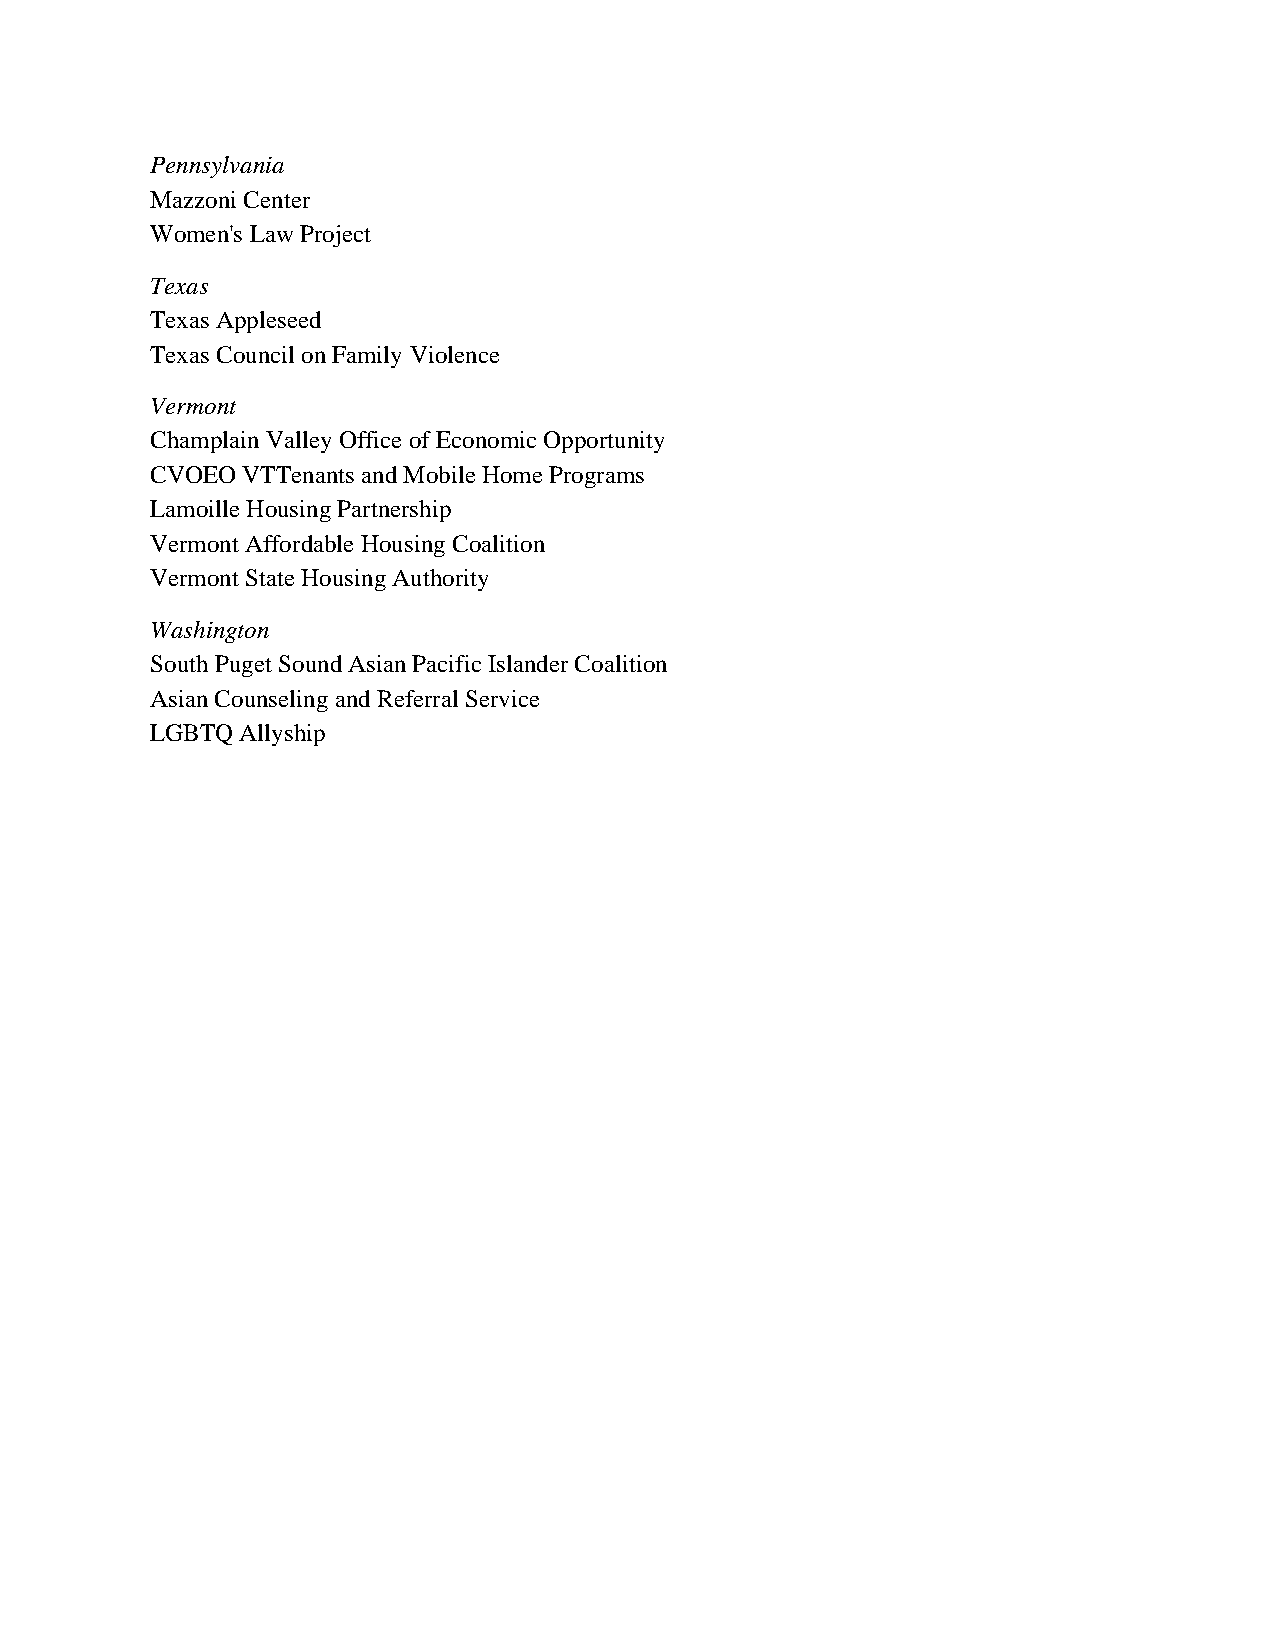
Pennsylvania
 Mazzoni Center
 Women's Law Project
 Texas
 Texas Appleseed
 Texas Council on Family Violence
 Vermont
 Champlain Valley Office of Economic Opportunity
 CVOEO VTTenants and Mobile Home Programs
 Lamoille Housing Partnership
 Vermont Affordable Housing Coalition
 Vermont State Housing Authority
 Washington
 South Puget Sound Asian Pacific Islander Coalition
 Asian Counseling and Referral Service
 LGBTQ Allyship